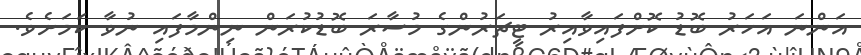
އަންނަ އަހަރު ބޮޑު ކޮށްފައިވާއިރު ޓީޗަރުންގެ މުސާރަ ބޮޑުކުރަން ނިންމާފައި ނުވާ ކަމަަށެވެ.